Leaving Certificate Examination, 1903
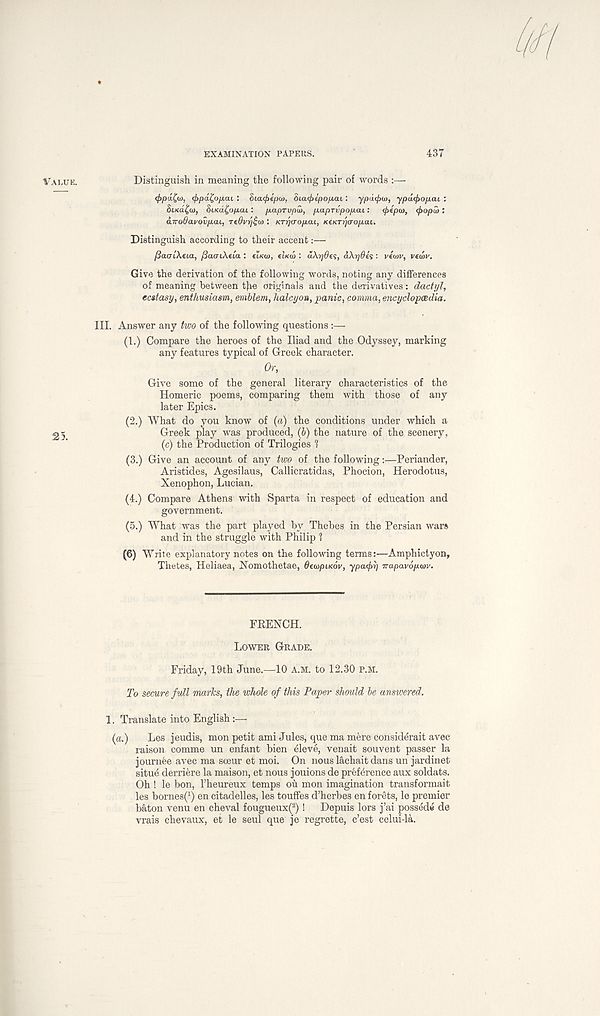
EXAMINATION PAPERS.
437
VALUE.
Distinguish in meaning the following pair of words :—
<f>pa£(i>, (fipa^ofiai : Suuftepio, 6La<£>ipop.aL : ypuc/>u>, ypd<f>op.ai :
BLK6L^<I), 8iKd£op.ai: p.apTvpw, p.apTvpopai:
<f>tp(D, <f>opw :
airo9ai/ovp.ai, Te6vr)£ui: KTrj<jop.cu, KeKTr)crop.<u.
Distinguish according to their accent:—
/SautAeta, /JacriAtia : ttKio, «i«oi : a\r]6es, a\r)6es : vtwv, vewv.
Give the derivation of the following words, noting any differences
of meaning between the originals and the derivatives: dactyl,
ecstasy, enthusiasm, emblem, halcyon, panic, comma, encyclopaedia.
III. Answer any two of the following questions:—
(1.) Compare the heroes of the Iliad and the Odyssey, marking
any features typical of Greek character.
Or,
Give some of the general literary characteristics of the
Homeric poems, comparing them with those of any
later Epics.
(2.) What do you know of (ft) the conditions under which a
25
Greek play was produced, (b) the nature of the scenery,
(c) the Production of Trilogies ?
(3.) Give an account of any two of the following:—Periander,
Aristides, Agesilaus, Callicratidas, Phocion, Herodotus,
Xenophon, Lucian.
(4.) Compare Athens with Sparta in respect of education and
government.
(5.) What was the part played by Thebes in the Persian wars
and in the struggle with Philip 1
(6) Write explanatory notes on the following terms:—Amphictyon,
Thetes, Heliaea, Xomothetae, OaapiKov, ypa-cjir] irapavoptov.
FRENCH.
LOWER GRADE.
Friday, 19th June.—10 A.M. to 12.30 P.M.
To secure full marks, the whole of this Paper should be answered.
1. Translate into English:—
(ft.)
Les jeudis, mon petit ami Jules, que ma mere considerait avec
raison comme un enfant bien eleve, venait souvent passer la
jour nee avec ma soeur et moi. On nous lachait dans un jardinet
situe derriere la maison, et nous jouions de preference aux soldats.
Oh ! le bon, Theureux temps ou mon imagination transformait
les bornes( 1 ) en citadelles, les touffes d’herbes en foists, le premier
baton venu en cheval fougueux( 2 )!
Depuis lors j’ai possede de
vrais chevaux, et le seul que je regrette, c’est celui-la.